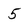
Character: 5